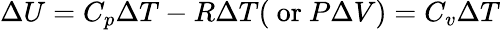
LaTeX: \Delta U=C_{p}\Delta T-R\Delta T({\mathrm{~or~}}P\Delta V)=C_{v}\Delta T